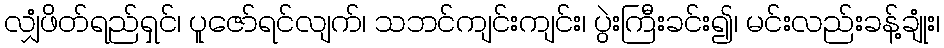
လျှံဖိတ်ရည်ရှင်၊ ပူဇော်ရင်လျက်၊ သဘင်ကျင်းကျင်း၊ ပွဲးကြီးခင်း၍၊ မင်းလည်းခန့်ချုံး၊